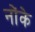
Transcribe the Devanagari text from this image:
नोंके